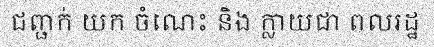
ជញ្ជក់ យក ចំណេះ និង ក្លាយជា ពលរដ្ឋ